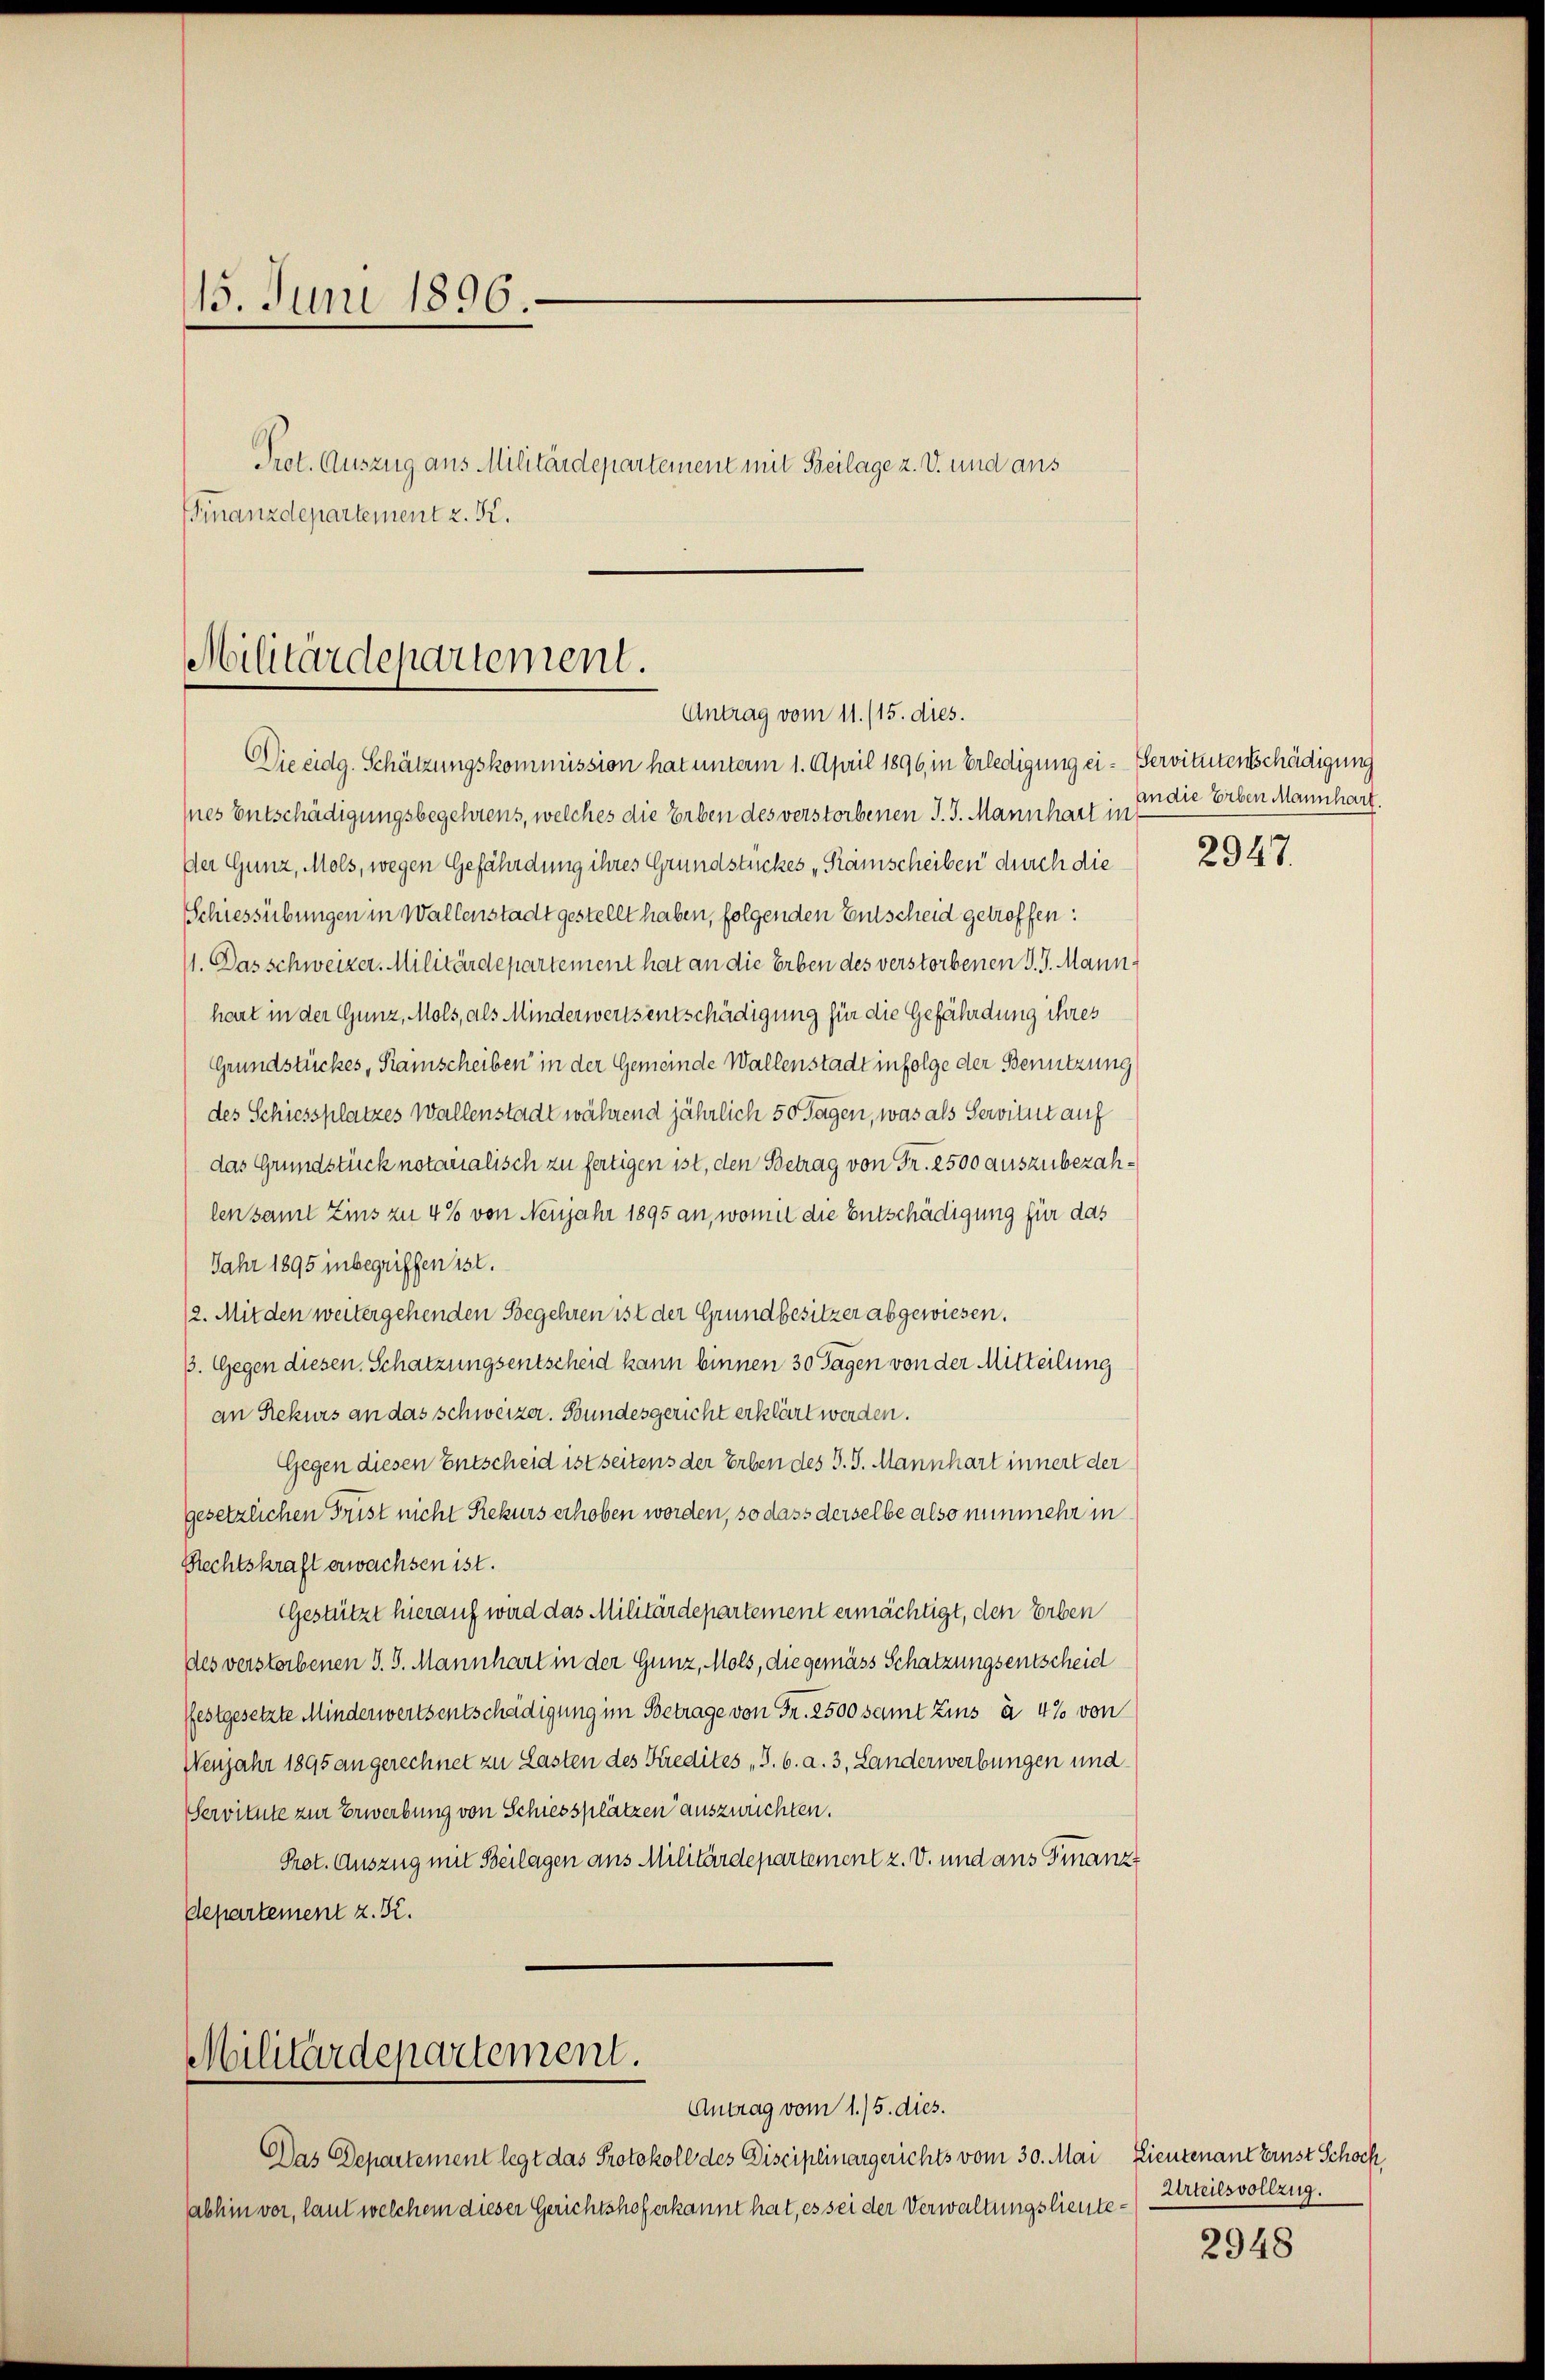
15. Juni 1896
Prot. Auszug aus Militärdepartement mit Beilage z. V. und aus
Finanzdepartement z. K.

Militärdepartement.
Antrag vom 11. /15. dies.
Die eidg. Schätzungskommission hat unterm 1. April 1896 in Erledigung ei- Servitutenschädigung

Militärdepartement.
Antrag vom 1./5. dies.

Das Departement legt das Protokoll des Disciplinargerichts vom 30. Mai
abhin vor, laut welchem dieser Gerichtshof erkannt hat, es sei der Verwaltungslieute

Ines Entschädigungsbegehrens, welches die Erben des verstorbenen J. J. Mannhart in
Der Gunz, Mols, wegen Gefährdung ihres Grundstückes „Kämscheiben durch die
Schiessübungen in Wallenstadt gestellt haben, folgenden Entscheid getroffen:
1. Das schweizer. Militärdepartement hat an die Erben des verstorbenen J. J. Mannhart in der Gunz, Mols, als Minderwerts entschädigung für die Gefährdung ihres
Grundstückes, Samscheiben in der Gemeinde Wallenstadt infolge der Benutzung
des Schiessplatzes Wallenstadt während jährlich 50 Tagen, was als Servitut auf
das Grundstück notarialisch zu fertigen ist, den Betrag von Fr. 2500 auszubezahlen samt Zins zu 4% von Neujahr 1895 an, womit die Entschädigung für das
Jahr 1895 inbegriffen ist.
12. Mit den weitergehenden Begehren ist der Grundbesitzer abgewiesen.
3. Gegen diesen Schatzungsentscheid kann binnen 30 Tagen von der Mitteilung
an Rekurs an das schweizer. Bundesgericht erklärt werden.
Gegen diesen Entscheid ist seitens der Erben des S. S. Mannhart innert der
gesetzlichen Frist nicht Rekurs erhoben worden, so dass derselbe also nunmehr in
Rechtskraft erwachsen ist.
Gestützt hierauf wird das Militärdepartement ermächtigt, den Erben
des verstorbenen S. S. Mannhart in der Gunz, Mols, die gemäss Schatzungsentscheid
festgesetzte Minderwertsentschädigung im Betrage von Fr. 2500 samt Zins à 4% von
Wenjahr 1895 angerechnet zu Lasten des Kredites S. 6. a. 3, Landerwerbungen und
Servitute zur Erwerbung von Schiessplätzen auszurichten.
Prot. Auszug mit Beilagen aus Militärdepartement z. V. und aus Finanz
Departement z. K.

an die Erben Mannhart.

2947.

Lieutenant Ernst Schoch
Urteilsvollzug.
E

2948